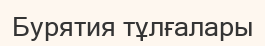
Бурятия тұлғалары